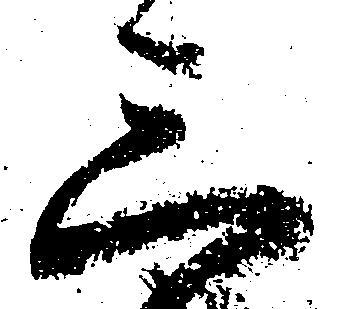
三